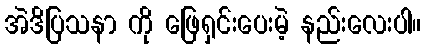
အဲဒိပြသနာ ကို ဖြေရှင်းပေးမဲ့ နည်းလေးပါ။